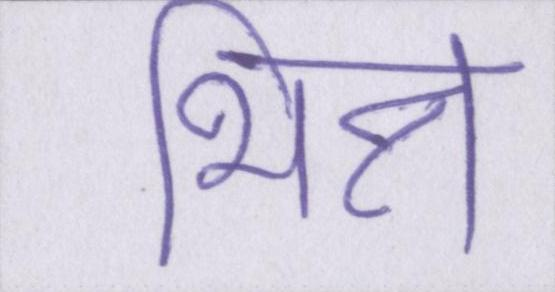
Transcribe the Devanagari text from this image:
भिन्न